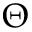
\Theta